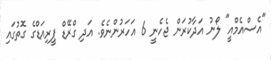
"އެސްއެމްއީ" ލޯނު އަދާކުރަން ޖެހެނީ 6 އަހަރުންނެވެ. އަދި ގްރޭޑް ޕީރިއަޑްގެ ގޮތުގައި